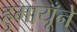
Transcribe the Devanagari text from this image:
हुमायूँने